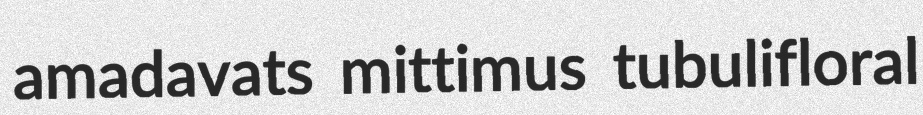
amadavats mittimus tubulifloral